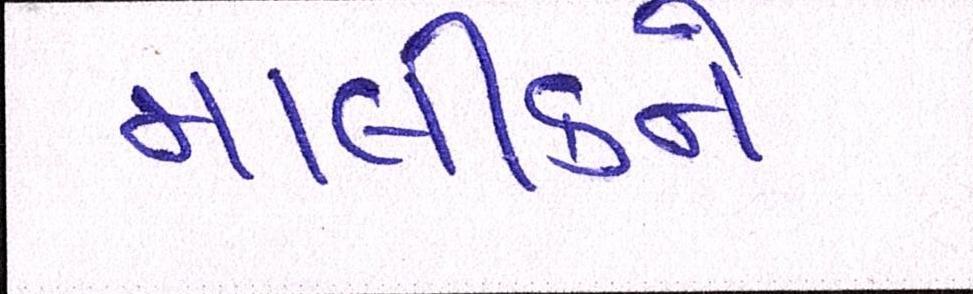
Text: માલીકને